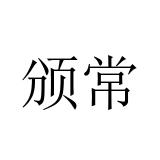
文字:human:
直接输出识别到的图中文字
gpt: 颁常